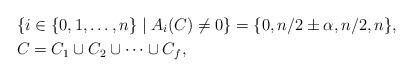
LaTeX: \begin{align*}&\{i \in \{0,1,\ldots,n\}\mid A_i(C) \ne 0\}=\{0,n/2\pm \alpha,n/2,n\}, \\&C=C_1 \cup C_2 \cup \cdots \cup C_f,\end{align*}